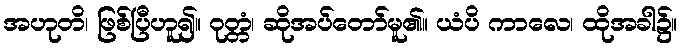
အဟုတိ၊ ဖြစ်ပြီဟူ၍။ ဝုတ္တံ၊ ဆိုအပ်တော်မူ၏။ ယံပိ ကာလေ၊ ထိုအခါ၌။